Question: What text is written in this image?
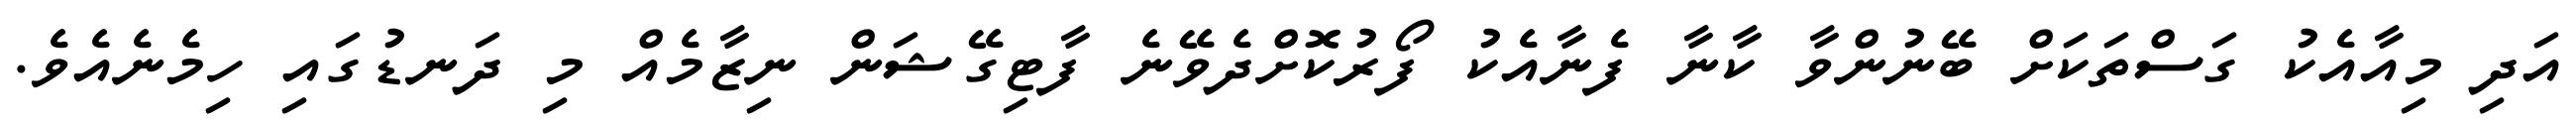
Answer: އަދި މިއާއެކު ގަސްތަކަށް ބޭނުންވާ ކާނާ ފެނާއެކު ފޯރުކޮށްދެވޭނެ ފާޓިގޭޝަން ނިޒާމެއް މި ދަނޑުގައި ހިމެނެއެވެ.